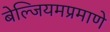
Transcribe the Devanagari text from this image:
बेल्जियमप्रमाणे